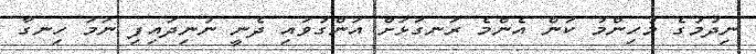
ނިދުމުގެ މުހިންމު ކަން އެންމެ ރަނގަޅަށް އަންގުވައި ދެނީ ނުނިދައިފި ނަމަ ހިނގާ